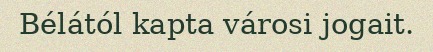
Bélától kapta városi jogait.